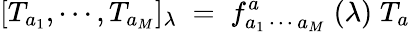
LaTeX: [T_{a_{1}},\cdots,T_{a_{M}}]_{\lambda}\; =\; f_{a_{1}\, \cdots\, a_{M}}^{a}\; (\lambda)\; T_{a}